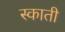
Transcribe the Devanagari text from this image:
स्काती